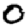
Digit: 0